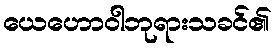
ယေဟောဝါဘုရားသခင်၏